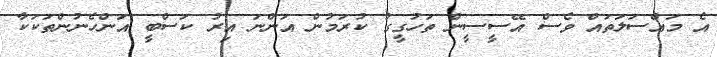
އެ މައްސަލަތައް ވެސް އޭސީސީން ތަހުގީގު ކުރަމުން އަންނަ އިރު ކަސްބީ އަންހެނުންތަކަކާ